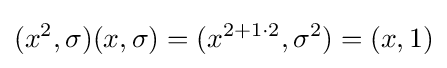
(x^{2},\sigma )(x,\sigma )=(x^{2+1\cdot 2},\sigma ^{2})=(x,1)